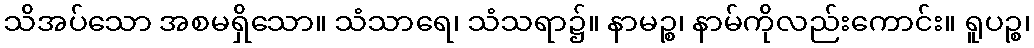
သိအပ်သော အစမရှိသော။ သံသာရေ၊ သံသရာ၌။ နာမဉ္စ၊ နာမ်ကိုလည်းကောင်း။ ရူပဉ္စ၊